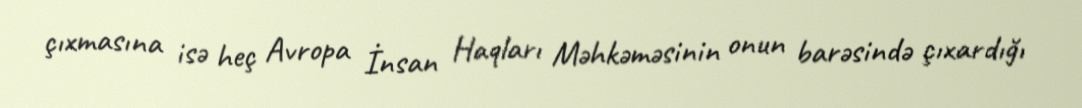
çıxmasına isə heç Avropa İnsan Haqları Məhkəməsinin onun barəsində çıxardığı